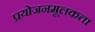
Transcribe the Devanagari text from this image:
प्रयोजनमूलकता